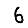
Digit: 6